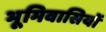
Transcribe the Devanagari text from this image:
भूमिवासियों